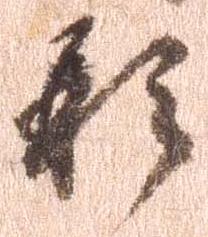
形